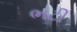
ભટી